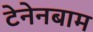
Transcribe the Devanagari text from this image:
टेनेनबाम